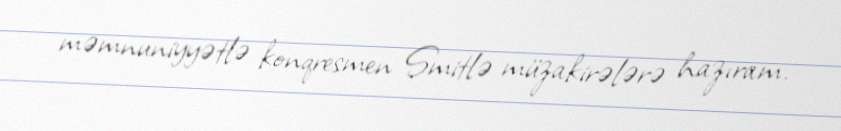
məmnuniyyətlə konqresmen Smitlə müzakirələrə hazıram.